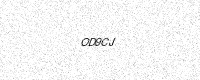
Text: OD9CJ